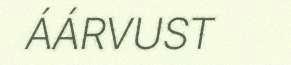
ÁÁRVUST